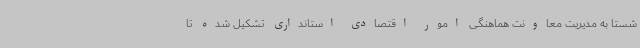
شستا به مدیریت معاونت هماهنگی امور اقتصادی استانداری تشکیل شده تا